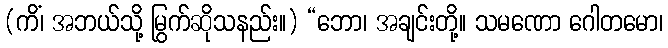
(ကိံ၊ အဘယ်သို့ မြွက်ဆိုသနည်း။) “ဘော၊ အချင်းတို့။ သမဏော ဂေါတမော၊